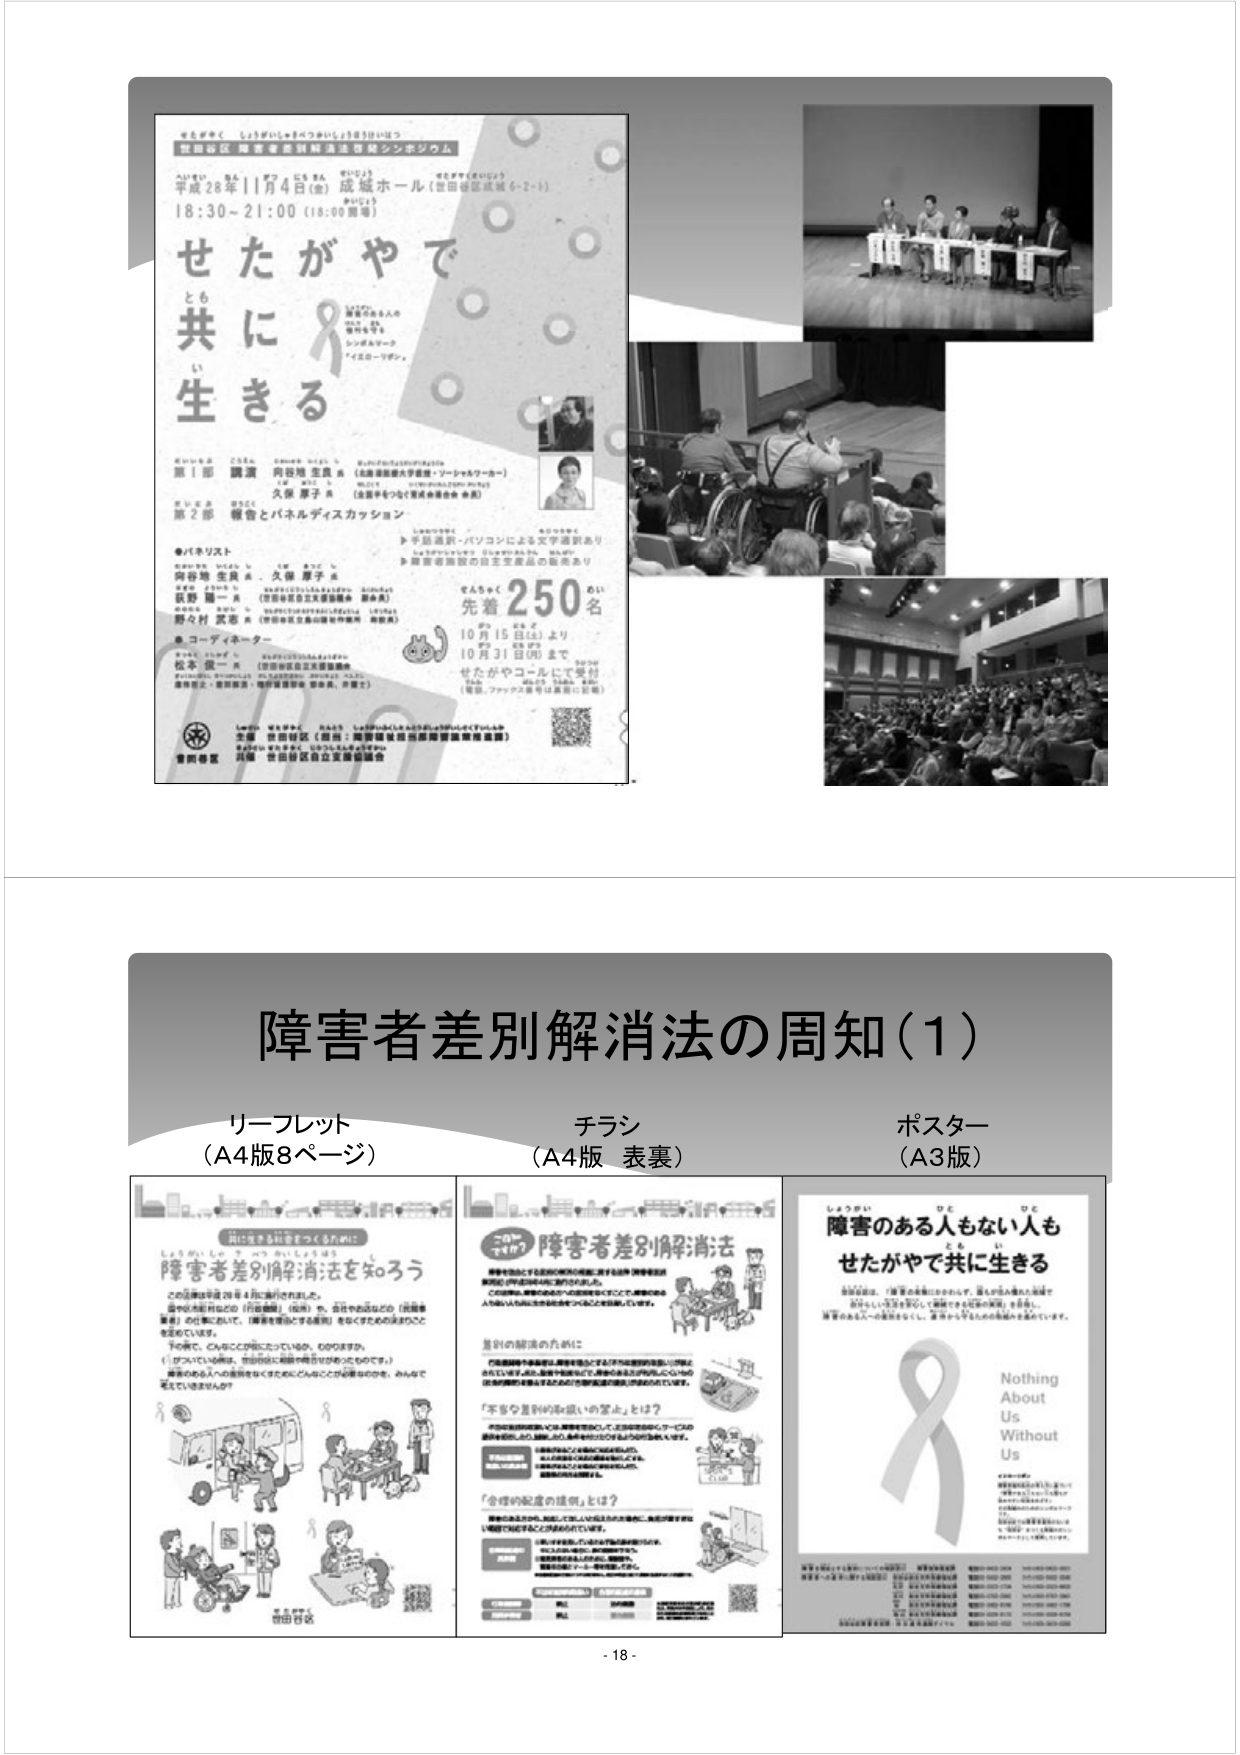
せたがやく しょうがいしゃ・バつかいしょうきょうけいほう
世田谷区 障害者差別解消法啓発シンポジウム

平成28年11月4日（金） 成城ホール（世田谷区成城6-2-1）
18:30～21:00（18:00開場）

せたがやで
ともに
生きる

（障害のある人の
権利、尊厳、
参加を守る
シンポジウム・
アイエローソング）

第1部 講演
○講師 向谷地 生良 様（北海道医療大学教授・ソーシャルワーカー）
○講師 久保 厚子 様（法政大学こども家庭学部教授・弁護士）

第2部 報告とパネルディスカッション
●パネリスト
向谷地 生良 様、久保 厚子 様
荻野 剛一 様（世田谷区自立支援協議会 副会長）
阿久村 真志 様（世田谷区自立支援協議会 会員）
●コーディネーター
松本 俊一 様（世田谷区自立支援協議会）

（※パネリスト、コーディネーターは、当日の状況により変更となる場合があります）

先着250名
10月15日（土）より
10月31日（月）まで
せたがやコールにて受付
（電話、ファックス番号は裏面に記載）

主催 世田谷区（担当：障害福祉担当部障害施策推進課）
共催 世田谷区自立支援協議会

---

障害者差別解消法の周知（1）

リーフレット
（A4版8ページ）

チラシ
（A4版 表裏）

ポスター
（A3版）

---

（リーフレット左ページ）
障害者差別解消法を知ろう

この法律は平成28年4月に施行されました。
国や地方公共団体（行政）や、会社やお店などの「関係事業者」の仕事において、「障害者差別」をなくすために決めたことを定めています。

下の例で、こんなことが起こっているかも、わかりますか。
（1）がっこうにいる時は、世田谷区に障害の有無はかかっていません。
障害のある人の心の差別をなくすためにこんなことが必要なのかを、みんなで考えてみませんか？

（イラスト：車椅子の人がバスに乗る、教室で手を挙げる子、職場でパソコンを使う人、店で買い物をする人、自宅でリモコンを使う人など）

---

（リーフレット右ページ）
障害者差別解消法

障害を理由とする差別的取扱いの禁止、障害者差別解消法の周知、障害者差別解消のための措置の推進などを定めています。
この法律は、障害のある人の「人権や尊厳を守り、社会参加の機会を確保する」ために、障害のある人やその家族、関係事業者、行政など、すべての人が協力して実施していく必要があります。

差別の解消のためには
行政機関や事業者、障害者を含むすべての人が、差別的取扱いをしないようにする必要があります。

「不当な差別的取扱いの禁止」とは？
障害を理由として、雇用や教育、医療、公共交通、公共サービスなど、すべての分野で、障害のある人に対して、不当な差別的取扱いを禁止しています。

「合理的配慮の提供」とは？
障害のある人が、他の人と同じように、社会生活に参加できるようにするために、必要な配慮を提供することです。

（イラスト：車椅子の人が階段を昇る、パソコンを使う人、店で買い物をする人、教室で手を挙げる子など）

---

（ポスター）
障害のある人もない人も
せたがやで共に生きる

「障害のある人」も「障害のない人」も、
誰もが、人としての尊厳をもって、
社会生活に参加できるように、
世田谷区は、障害のある人の権利を守り、
社会参加の機会を確保していきます。

Nothing
About
Us
Without
Us

（下部に連絡先や関係機関の情報が記載されているが、文字が小さく読み取れない部分あり）

- 18 -